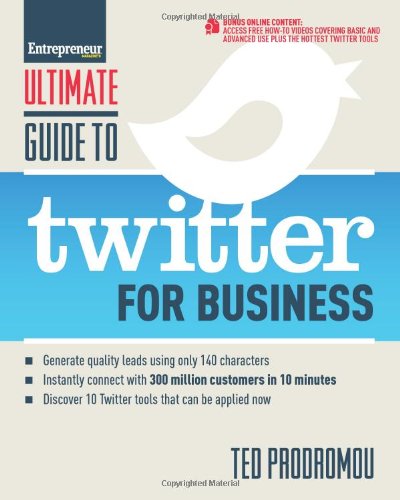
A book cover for Ultimate Guide to Twitter for Business: Generate Quality Leads Using Only 140 Characters, Instantly Connect with 300 million Customers in 10 Minutes, ... that Can be Applied Now (Ultimate Series); Ted Prodromou; Computers & Technology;